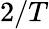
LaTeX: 2/T